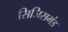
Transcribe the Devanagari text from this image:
सिजिसमंड